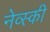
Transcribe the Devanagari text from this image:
नेव्स्की